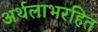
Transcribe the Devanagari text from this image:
अर्थलाभरहित